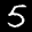
Label: 5